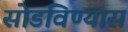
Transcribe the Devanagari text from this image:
सोडविण्यास